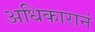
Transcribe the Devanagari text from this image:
अधिकारानं